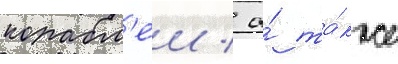
корабл'еи / а́ та́кже